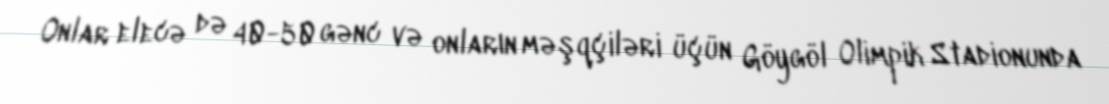
Onlar elecə də 40-50 gənc və onların məşqçiləri üçün Göygöl Olimpik Stadionunda